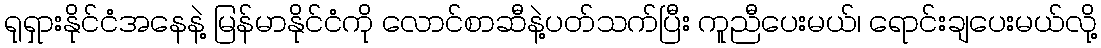
ရုရှားနိုင်ငံအနေနဲ့ မြန်မာနိုင်ငံကို လောင်စာဆီနဲ့ပတ်သက်ပြီး ကူညီပေးမယ်၊ ရောင်းချပေးမယ်လို့